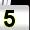
Digit: 5